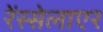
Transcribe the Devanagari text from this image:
रेंस्सेलाएर